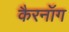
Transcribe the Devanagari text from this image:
कैरनॉग